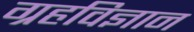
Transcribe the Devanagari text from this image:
ग्रहविज्ञान